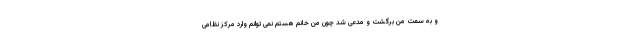
و به سمت من برگشت و مدعی شد چون من خانم هستم نمی توانم وارد مرکز نظامی